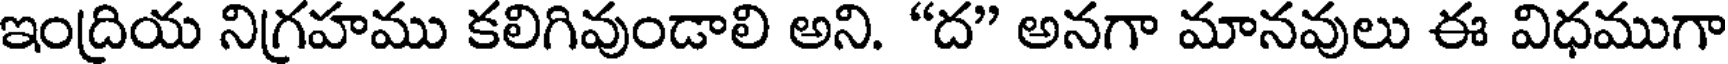
ఇంద్రియ నిగ్రహము కలిగివుండాలి అని. "ద" అనగా మానవులు ఈ విధముగా